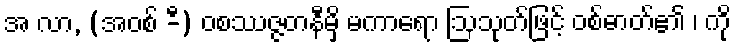
အ လာ, (အဝစ် -ီ) ဝစဿဇ္ဇတနီမှိ မကာရော ဩသုတ်ဖြင့် ဝစ်ဓာတ်၏ ၊ ကို